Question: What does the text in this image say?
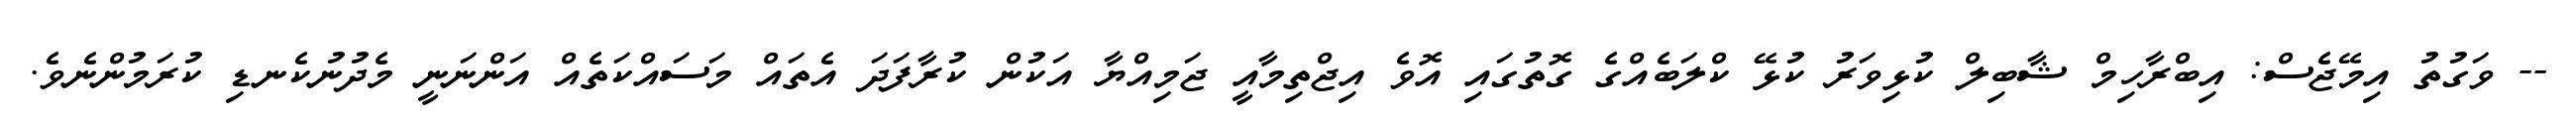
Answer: -- ވަގުތު އިމޭޖެސް: އިބްރާހިމް ޝާބިލް ކުޅިވަރު ކުޅޭ ކްލަބެއްގެ ގޮތުގައި އޮވެ އިޖްތިމާއީ ޖަމިއްޔާ އަކުން ކުރާފަދަ އެތައް މަސައްކަތެއް އަންނަނީ މެދުނުކެނޑި ކުރަމުންނެވެ.